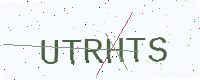
Text: UTRHTS